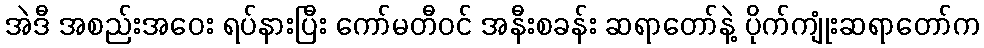
အဲဒီ အစည်းအဝေး ရပ်နားပြီး ကော်မတီဝင် အနီးစခန်း ဆရာတော်နဲ့ ပိုက်ကျုံးဆရာတော်က